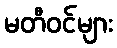
မတီဝင်များ